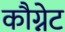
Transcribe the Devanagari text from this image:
कौग्नेट